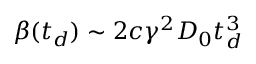
\beta ( t _ { d } ) \sim 2 c \gamma ^ { 2 } D _ { 0 } t _ { d } ^ { 3 }